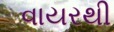
વાયરથી